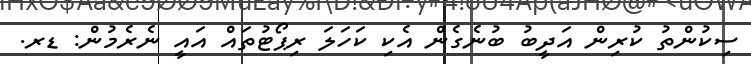
ސިކުންތު ކުރިން އަދީބު ބުނެގެން އެކި ކަހަލަ ރިޕޯޓުތައް އައީ ނެރެމުން: ޑރ.